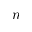
\boldsymbol { n }